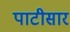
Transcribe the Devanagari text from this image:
पाटीसार